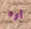
أوه